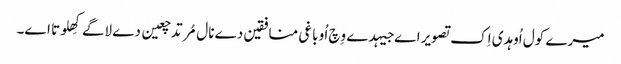
میرے کول اُوہدی اِک تصویر اے جیہدے وِچ اُو باغی منافقین دے نال مُرتد چعین دے لاگے کِھلوتا اے۔